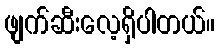
ဖျက်ဆီးလေ့ရှိပါတယ်။